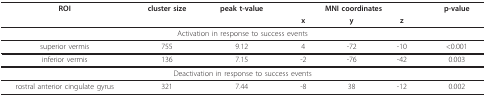
<table><thead><tr><td><b>ROI</b></td><td><b>cluster size</b></td><td><b>peak t-value</b></td><td colspan="3"><b>MNI coordinates</b></td><td><b>p-value</b></td></tr><tr><td></td><td></td><td></td><td><b>x</b></td><td><b>y</b></td><td><b>z</b></td><td></td></tr></thead><tbody><tr><td colspan="7">Activation in response to success events</td></tr><tr><td>superior vermis</td><td>755</td><td>9.12</td><td>4</td><td>-72</td><td>-10</td><td>&lt;0.001</td></tr><tr><td>inferior vermis</td><td>136</td><td>7.15</td><td>-2</td><td>-76</td><td>-42</td><td>0.003</td></tr><tr><td colspan="7">Deactivation in response to success events</td></tr><tr><td>rostral anterior cingulate gyrus</td><td>321</td><td>7.44</td><td>-8</td><td>38</td><td>-12</td><td>0.002</td></tr></tbody></table>